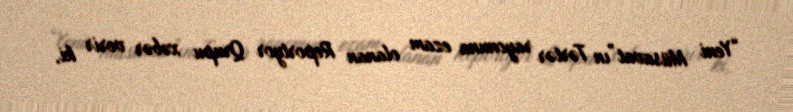
“Yeni Müsavat”ın Tərtər rayonuna ezam olanan Reportyor Qrupu xəbər verir ki,